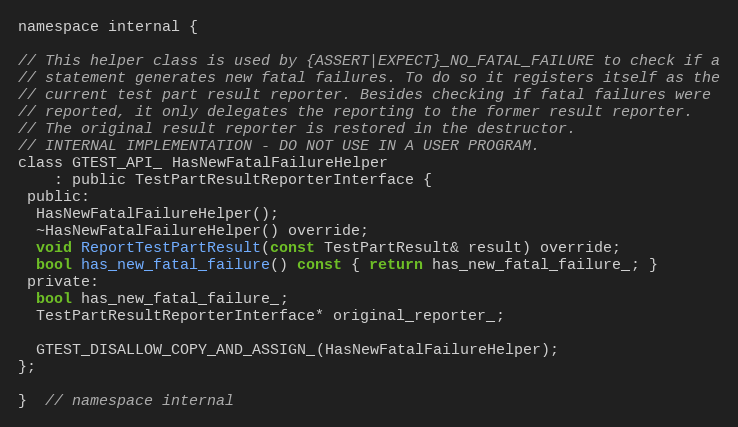
Language: C
namespace internal {

// This helper class is used by {ASSERT|EXPECT}_NO_FATAL_FAILURE to check if a
// statement generates new fatal failures. To do so it registers itself as the
// current test part result reporter. Besides checking if fatal failures were
// reported, it only delegates the reporting to the former result reporter.
// The original result reporter is restored in the destructor.
// INTERNAL IMPLEMENTATION - DO NOT USE IN A USER PROGRAM.
class GTEST_API_ HasNewFatalFailureHelper
    : public TestPartResultReporterInterface {
 public:
  HasNewFatalFailureHelper();
  ~HasNewFatalFailureHelper() override;
  void ReportTestPartResult(const TestPartResult& result) override;
  bool has_new_fatal_failure() const { return has_new_fatal_failure_; }
 private:
  bool has_new_fatal_failure_;
  TestPartResultReporterInterface* original_reporter_;

  GTEST_DISALLOW_COPY_AND_ASSIGN_(HasNewFatalFailureHelper);
};

}  // namespace internal